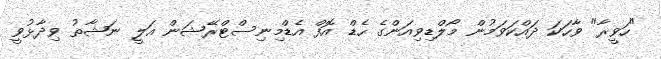
"ހަވީރާ" ވާހަކަ ދައްކަވަމުން މޯލްޑިވިއަންގެ ހެޑް އޮފް އެޑްމިނިސްޓްރޭޝަން އަލީ ނަޝާތު ވިދާޅުވީ